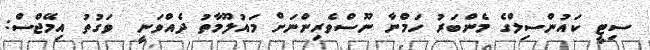
ސިޓީ ކައުންސިލްގެ މެންބަރު ހަމްނާ ނޫސްވެރިންނަށް މައުލޫމާތު ދެއްވަނީ  ވަގުތު އިމޭޖްސް: